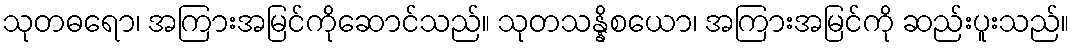
သုတဓရော၊ အကြားအမြင်ကိုဆောင်သည်။ သုတသန္နိစယော၊ အကြားအမြင်ကို ဆည်းပူးသည်။